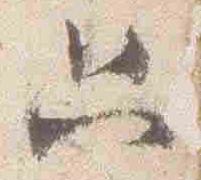
只